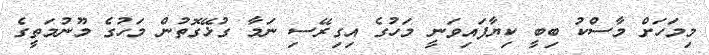
މިމަހަށް މާސްކު ބިބީ ކިޔާފައިވަނީ މަހުގެ އިގިރޭސި ނަމާ ގުޅޭގޮތުން މަހުގެ މޫނުމަތީގެ